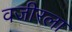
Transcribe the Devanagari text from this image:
वजीरला